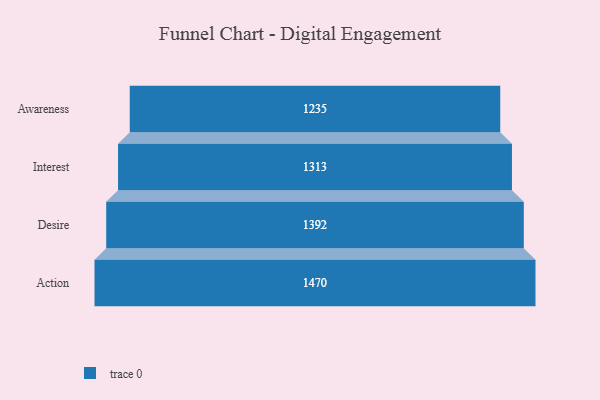
{"axis": {"x": "Stage", "y": "Value"}, "legend": [""], "data": [{"x": "Awareness", "y": 1235.0, "type": ""}, {"x": "Interest", "y": 1313.0, "type": ""}, {"x": "Desire", "y": 1392.0, "type": ""}, {"x": "Action", "y": 1470.0, "type": ""}]}